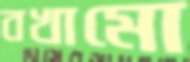
বখামো